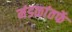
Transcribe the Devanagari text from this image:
मंडळांतर्फे